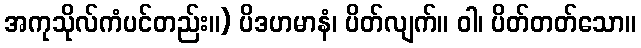
အကုသိုလ်ကံပင်တည်း။) ပိဒဟမာနံ၊ ပိတ်လျက်။ ဝါ၊ ပိတ်တတ်သော။